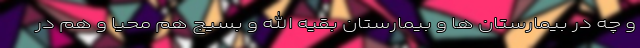
و چه در بیمارستان ها و بیمارستان بقیه الله و بسیج هم محیا و هم در